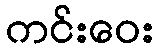
ကင်းဝေး